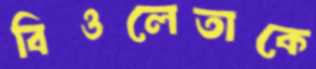
বিওলেতাকে